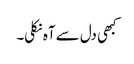
کبھی دل سے آہ نکلی۔